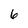
Character: 6